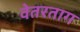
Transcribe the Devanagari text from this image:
वेतरताग